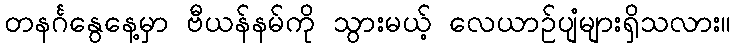
တနင်္ဂနွေနေ့မှာ ဗီယန်နမ်ကို သွားမယ့် လေယာဉ်ပျံများရှိသလား။